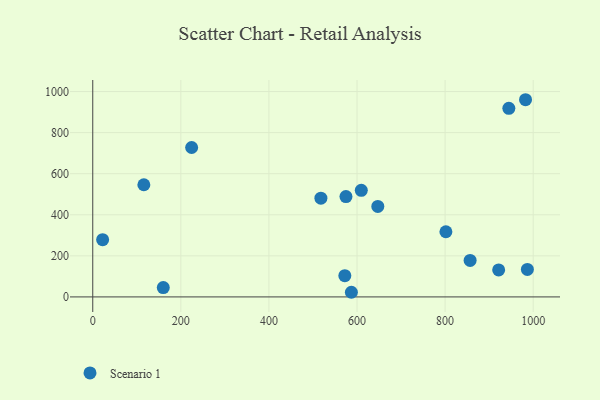
{"axis": {"x": "Experience", "y": "Yield"}, "legend": ["Scenario 1"], "data": [{"x": "116.0", "y": 546.1, "type": "Scenario 1"}, {"x": "986.8", "y": 134.0, "type": "Scenario 1"}, {"x": "647.2", "y": 440.5, "type": "Scenario 1"}, {"x": "944.7", "y": 918.2, "type": "Scenario 1"}, {"x": "587.2", "y": 22.6, "type": "Scenario 1"}, {"x": "609.7", "y": 519.0, "type": "Scenario 1"}, {"x": "22.4", "y": 278.7, "type": "Scenario 1"}, {"x": "982.6", "y": 960.2, "type": "Scenario 1"}, {"x": "572.3", "y": 103.4, "type": "Scenario 1"}, {"x": "518.0", "y": 480.7, "type": "Scenario 1"}, {"x": "574.9", "y": 488.5, "type": "Scenario 1"}, {"x": "801.8", "y": 317.4, "type": "Scenario 1"}, {"x": "224.5", "y": 727.6, "type": "Scenario 1"}, {"x": "856.8", "y": 177.9, "type": "Scenario 1"}, {"x": "921.6", "y": 131.5, "type": "Scenario 1"}, {"x": "160.1", "y": 45.6, "type": "Scenario 1"}]}